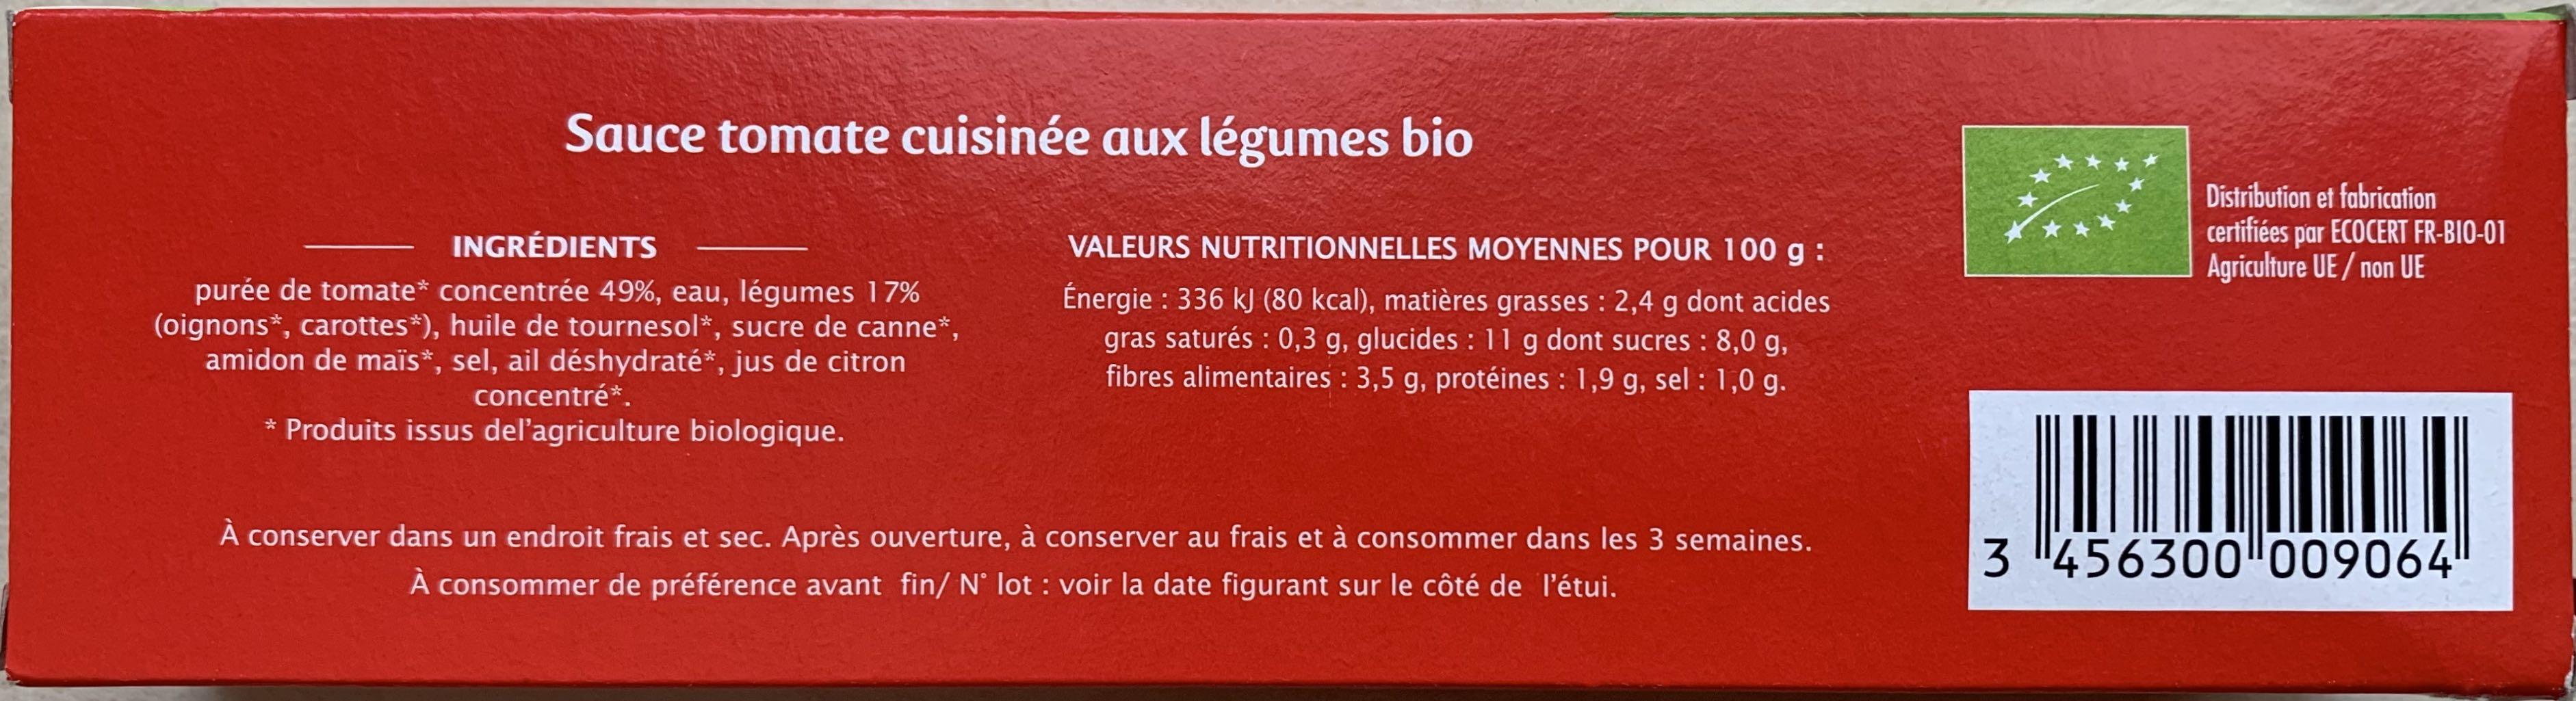
Sauce tomate cuisinée aux légumes bio
Distribution et fabrication certifiées par ECOCERT FR-BIO-01 Agriculture UE/ non UE
INGRÉDIENTS
VALEURS NUTRITIONNELLES MOYENNES POUR 100 g :
purée de tomate* concentrée 49%, eau, légumes 17% (oignons*, carottes*), huile de tournesol*, sucre de canne*, amidon de maïs*, sel, ail déshydraté*, jus de citron concentré*.
Énergie : 336 kJ (80 kcal), matières grasses : 2,4 g dont acides gras saturés : 0,3 g, glucides : 11 g dont sucres : 8,0 g, fibres alimentaires : 3,5 g, protéines : 1,9 g, sel : 1,0 g.
* Produits issus del'agriculture biologique.
A conserver dans un endroit frais et sec. Après ouverture, à conserver au frais et à consommer dans les 3 semaines. À onsommer de préférence avant fin/ N° lot : voir la date figurant sur le côté de l'étui.
3 456300 009064